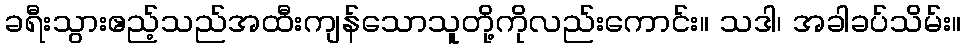
ခရီးသွားဧည့်သည်အထီးကျန်သောသူတို့ကိုလည်းကောင်း။ သဒါ၊ အခါခပ်သိမ်း။